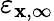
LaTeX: \varepsilon_{\mathbf{x},\infty}